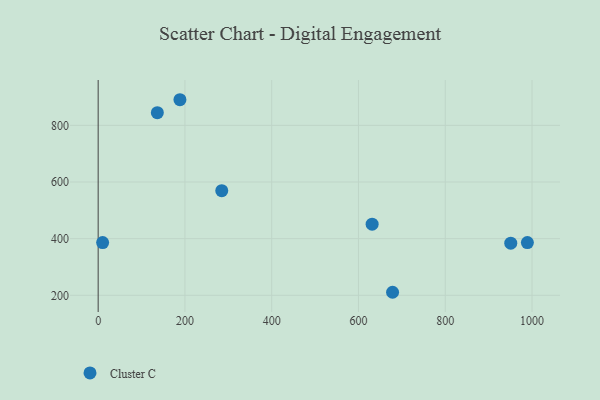
{"axis": {"x": "Study Hours", "y": "Yield"}, "legend": ["Cluster C"], "data": [{"x": "631.5", "y": 451.3, "type": "Cluster C"}, {"x": "136.4", "y": 844.9, "type": "Cluster C"}, {"x": "951.0", "y": 384.1, "type": "Cluster C"}, {"x": "989.3", "y": 386.1, "type": "Cluster C"}, {"x": "678.6", "y": 210.7, "type": "Cluster C"}, {"x": "284.9", "y": 569.4, "type": "Cluster C"}, {"x": "188.5", "y": 890.5, "type": "Cluster C"}, {"x": "10.3", "y": 386.1, "type": "Cluster C"}]}